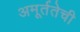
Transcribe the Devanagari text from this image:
अमूर्ततेची